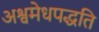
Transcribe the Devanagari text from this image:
अश्वमेधपद्धति